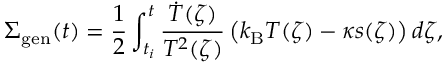
\Sigma _ { \mathrm { g e n } } ( t ) = \frac { 1 } { 2 } \int _ { t _ { i } } ^ { t } \frac { \dot { T } ( \zeta ) } { T ^ { 2 } ( \zeta ) } \left( k _ { \mathrm { B } } T ( \zeta ) - \kappa s ( \zeta ) \right) d \zeta ,